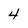
Character: 4